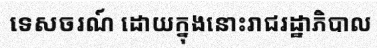
ទេសចរណ៍ ដោយក្នុងនោះរាជរដ្ឋាភិបាល